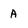
Character: A